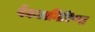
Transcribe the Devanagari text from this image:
वेंकटागिरिप्पा